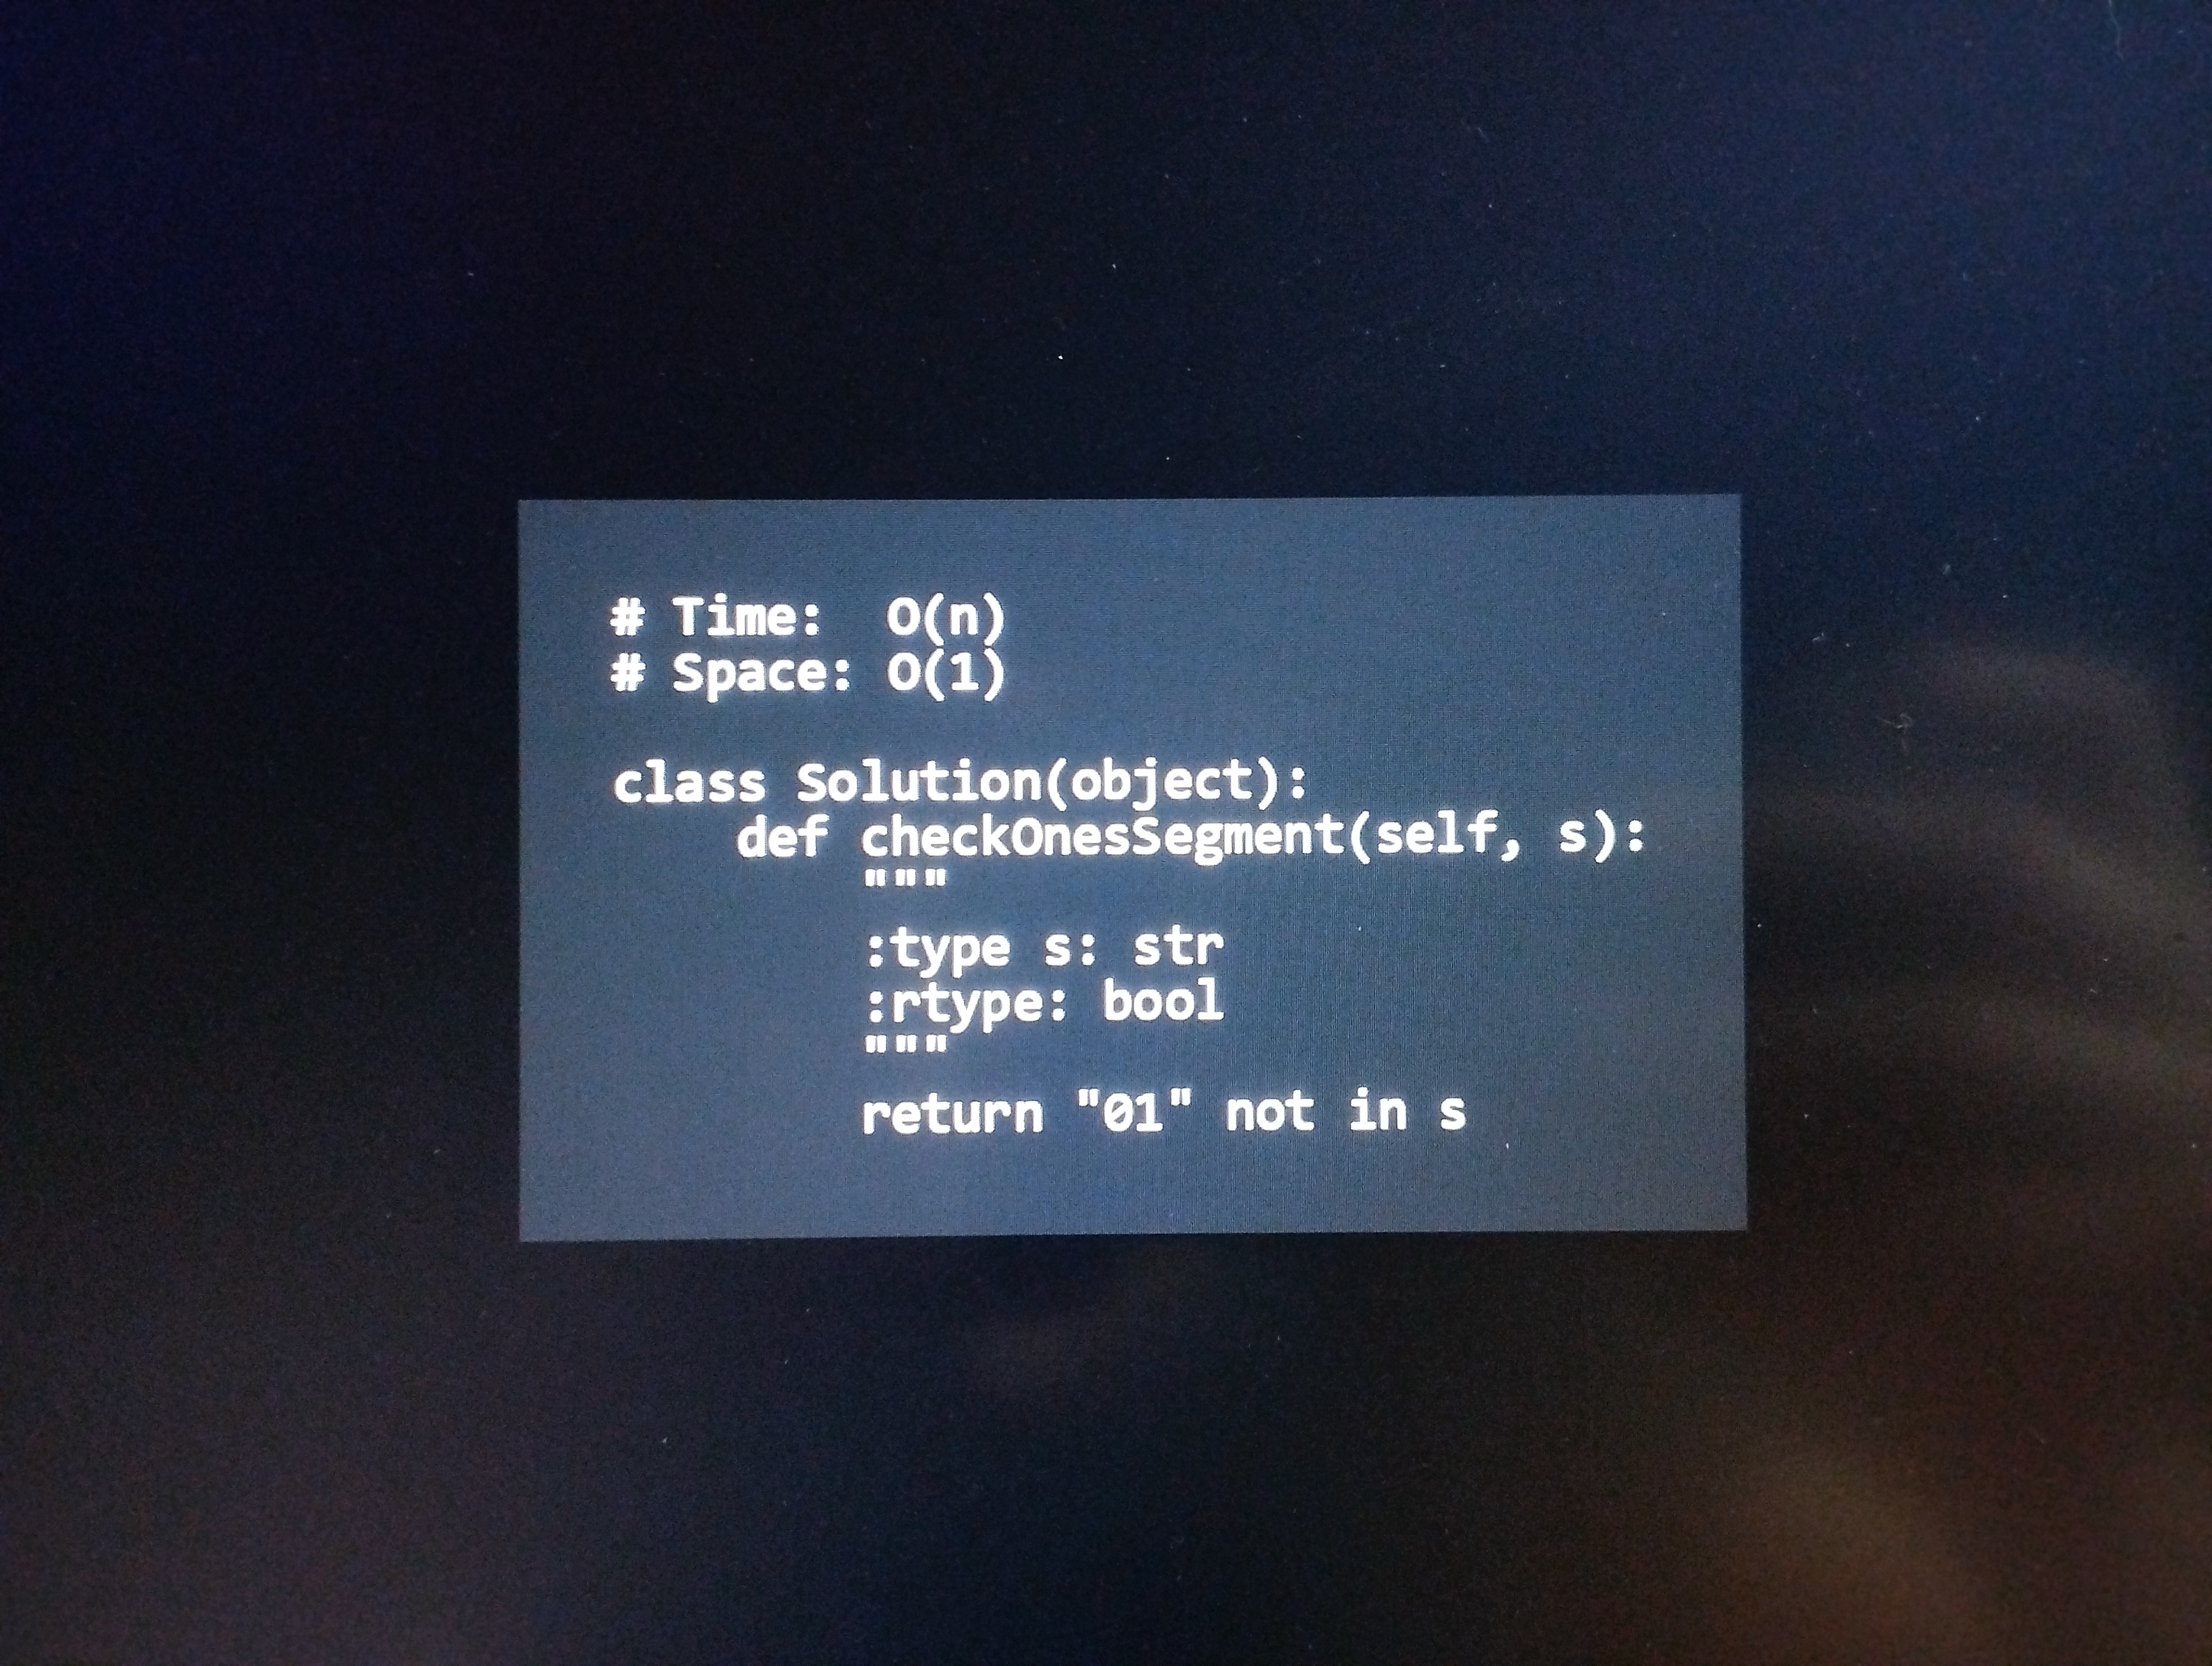
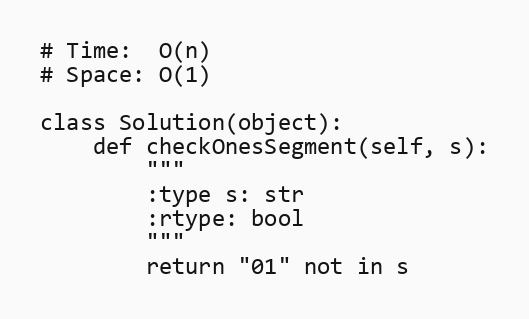
# Time:  O(n)
# Space: O(1)

class Solution(object):
    def checkOnesSegment(self, s):
        """
        :type s: str
        :rtype: bool
        """
        return "01" not in s